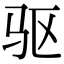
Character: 驱